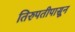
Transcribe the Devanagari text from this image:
तिरुपतीपासून